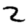
Digit: 2